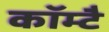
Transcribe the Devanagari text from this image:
कॉम्टै